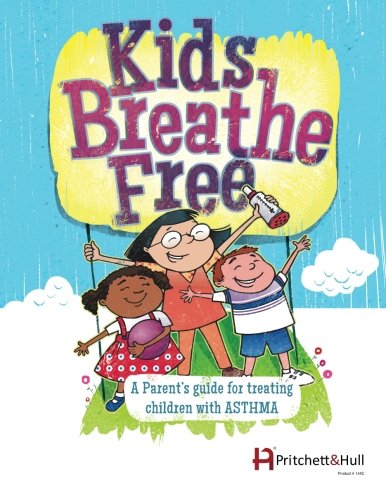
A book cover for Kids Breathe Free (145C): A parents' guide for treating children with ASTHMA; Pritchett & Hull; Health, Fitness & Dieting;